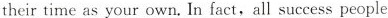
their time as your own. In fact, all success people